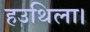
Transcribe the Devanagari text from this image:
हउथिला।